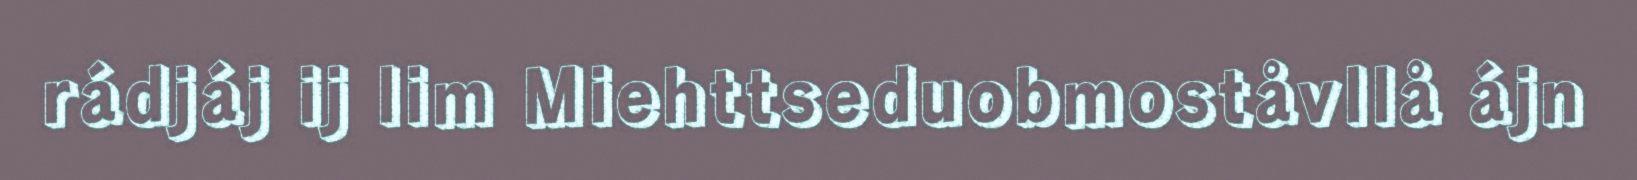
rádjáj ij lim Miehttseduobmoståvllå ájn